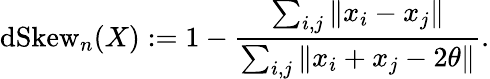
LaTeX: \operatorname{dSkew}_{n}(X):=1-{\frac{\sum_{i,j}\| x_{i}-x_{j}\| }{\sum_{i,j}\| x_{i}+x_{j}-2\theta\| }}.